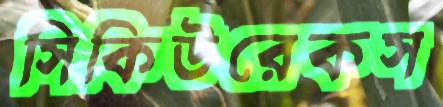
সিকিউরেকস